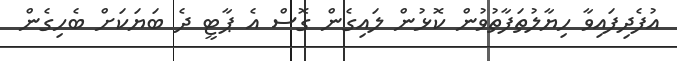
އުފެދިފައިވާ ހިޔާލުތަފާތުވުން ކޮޅުން ލައިގެން ގޮސް އެ ޕާޓީ ދެ ބަޔަކަށް ބެހިގެން